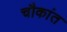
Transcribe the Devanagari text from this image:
चौकांत